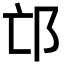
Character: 邙